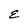
Character: E